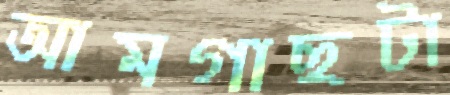
আমগাছটা